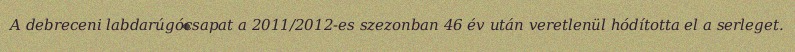
A debreceni labdarúgócsapat a 2011/2012-es szezonban 46 év után veretlenül hódította el a serleget.